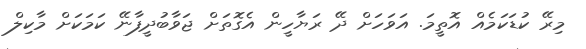
މިރޭ ކުޑަކަމެއް އޮތީމަ. އަވަހަށް ދޭ ރަޔާހީން އެގޮތަށް ޖަވާބުދީފާނޭ ކަމަކަށް މާކިލް